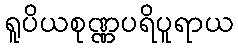
ရူပိယစုဏ္ဏပရိပူရာယ